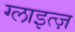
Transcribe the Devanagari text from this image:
ग्लाइत्ज़